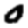
Digit: 0